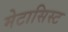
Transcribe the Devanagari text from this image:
मेटासिस्ट